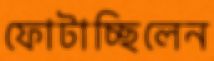
ফোটাচ্ছিলেন